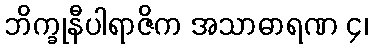
ဘိက္ခုနီပါရာဇိက အသာဓာရဏ ၄၊